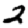
Digit: 2